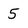
Character: 5